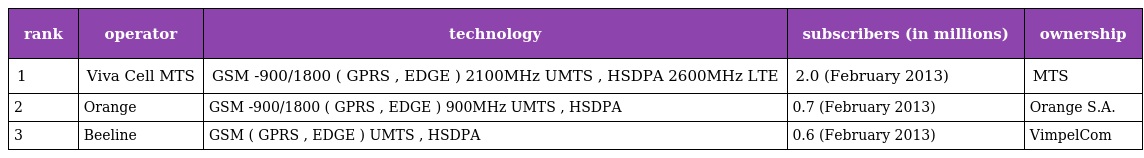
| rank | operator | technology | subscribers (in millions) | ownership |
 | --- | --- | --- | --- | --- |
 | 1 | Viva Cell MTS | GSM -900/1800 ( GPRS , EDGE ) 2100MHz UMTS , HSDPA 2600MHz LTE | 2.0 (February 2013) | MTS |
 | 2 | Orange | GSM -900/1800 ( GPRS , EDGE ) 900MHz UMTS , HSDPA | 0.7 (February 2013) | Orange S.A. |
 | 3 | Beeline | GSM ( GPRS , EDGE ) UMTS , HSDPA | 0.6 (February 2013) | VimpelCom |